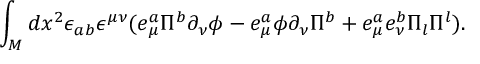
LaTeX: \int _ { \cal M } d x ^ { 2 } \epsilon _ { a b } \epsilon ^ { \mu \nu } ( e _ { \mu } ^ { a } \Pi ^ { b } \partial _ { \nu } \phi - e _ { \mu } ^ { a } \phi \partial _ { \nu } \Pi ^ { b } + e _ { \mu } ^ { a } e _ { \nu } ^ { b } \Pi _ { l } \Pi ^ { l } ) .